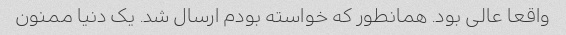
واقعا عالی بود. همانطور که خواسته بودم ارسال شد. یک دنیا ممنون